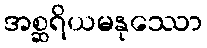
အစ္ဆရိယမနုဿော